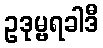
ဥဒုမ္ဗရခါဒီ